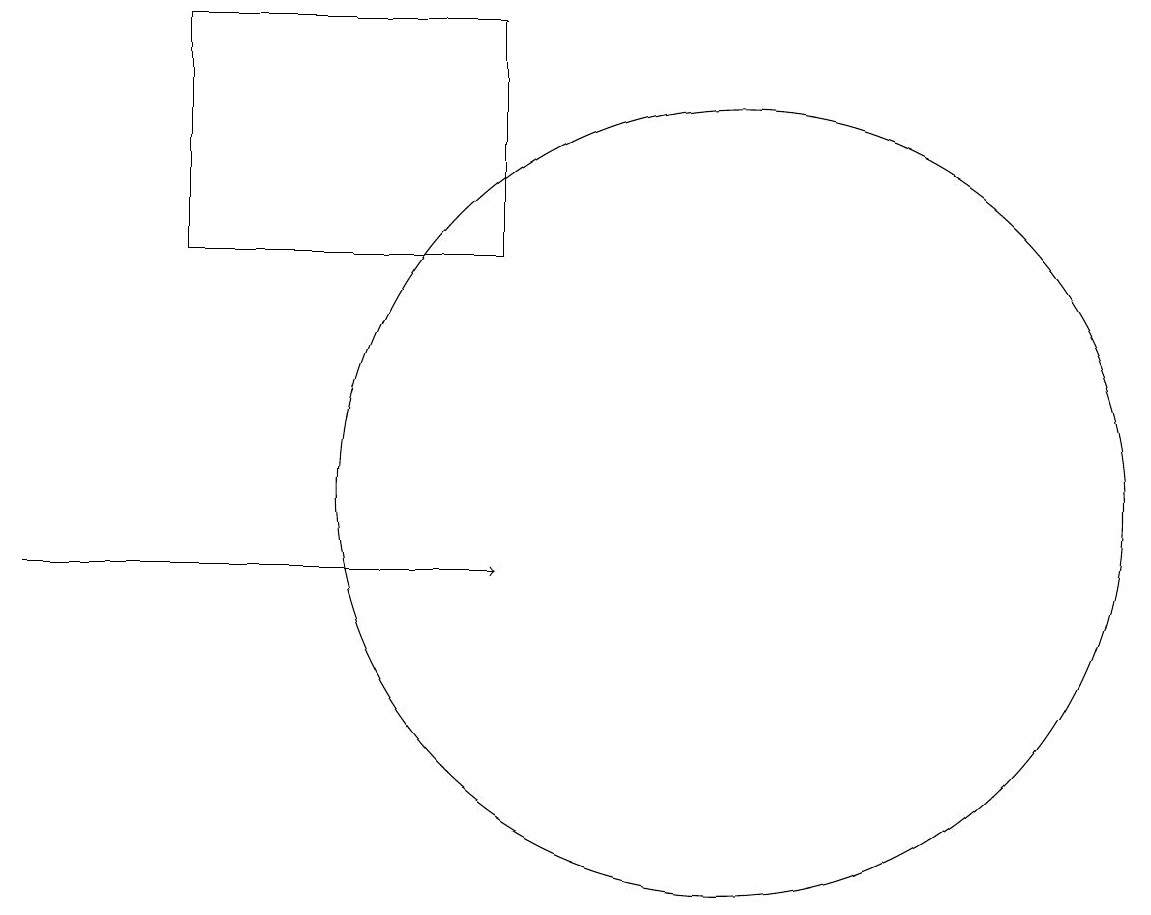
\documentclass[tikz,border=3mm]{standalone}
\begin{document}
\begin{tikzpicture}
\draw[->] (1,10) -- (7,10);
\draw (10,11) circle (5);
\draw (3,17) rectangle (7,14);
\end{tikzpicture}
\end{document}